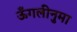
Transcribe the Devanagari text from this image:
ऊँगलीनुमा